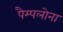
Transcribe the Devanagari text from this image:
पैम्पलोना